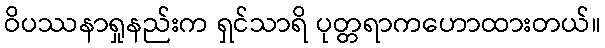
ဝိပဿနာရှုနည်းက ရှင်သာရိ ပုတ္တရာကဟောထားတယ်။